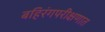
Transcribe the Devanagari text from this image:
बहिरंगपरीक्षणात